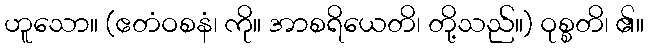
ဟူသော။ (ဧတံဝစနံ၊ ကို။ အာစရိယေတိ၊ တို့သည်။) ဝုစ္စတိ၊ ၏။